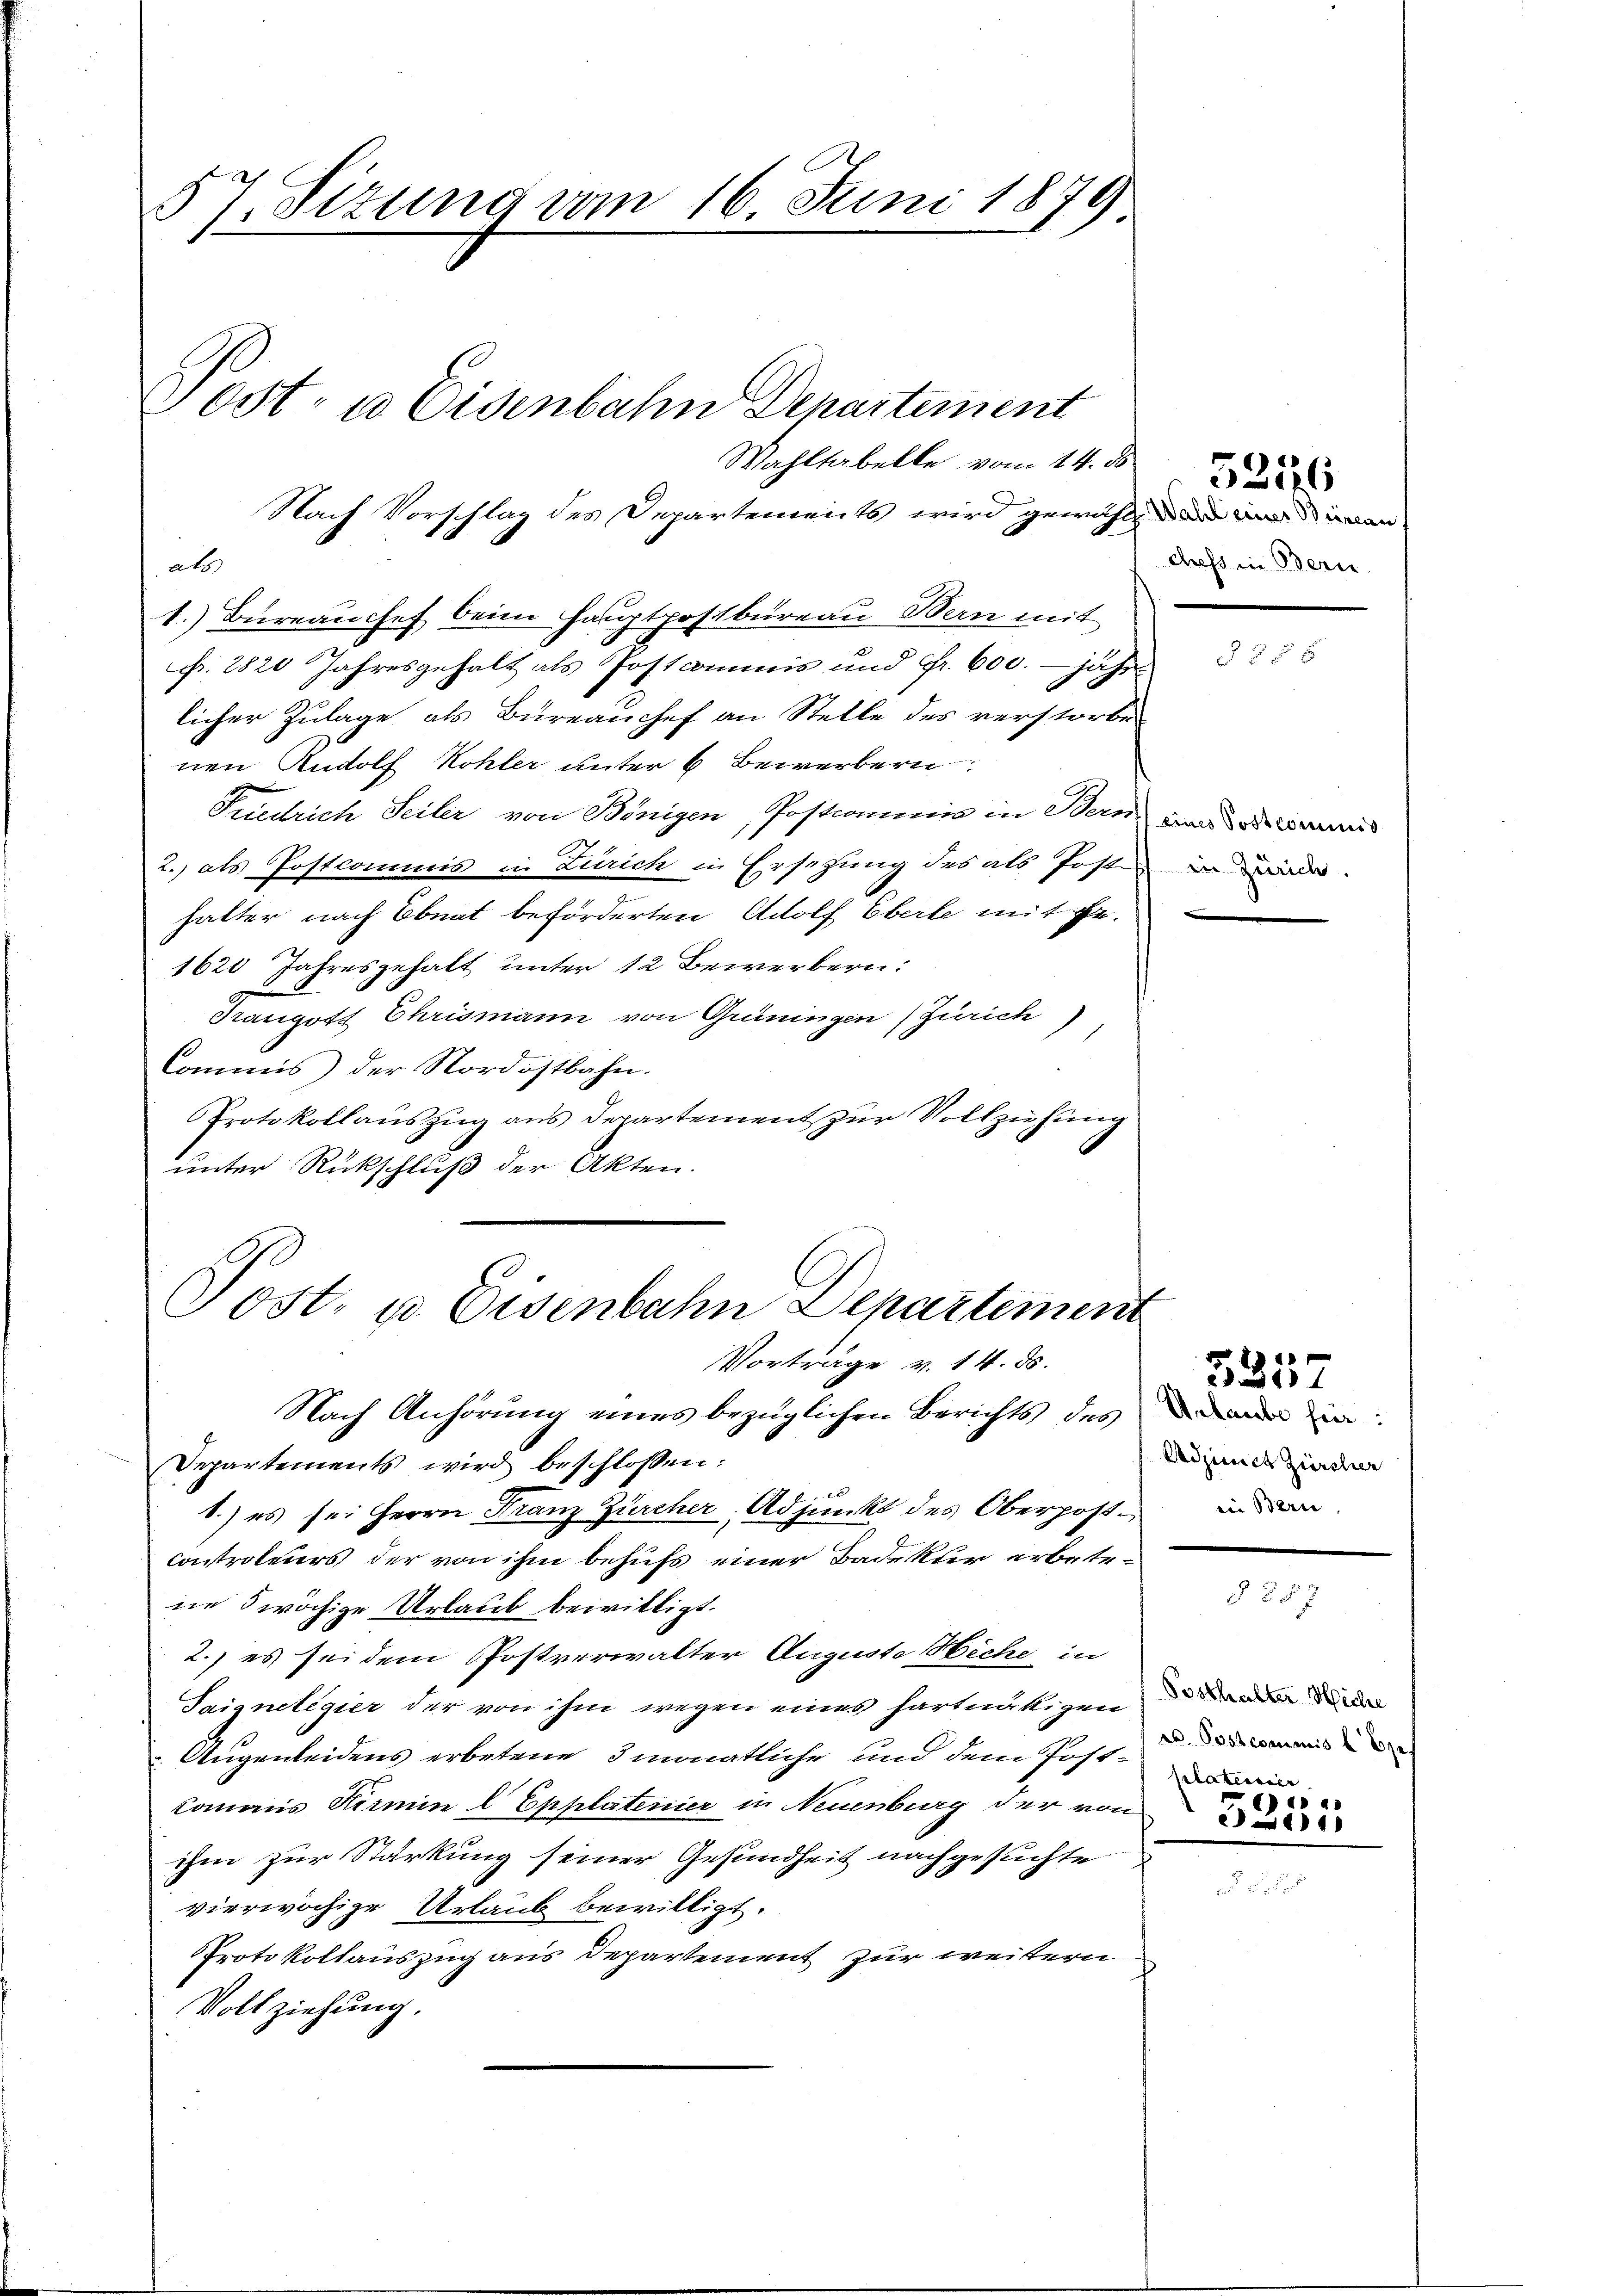
57. Sizung vom 16. Juni 1879

Nach Vorschlag des Departements wird gewählten und an
ats
1.) Büreau chef beim Hauptpostbureau Bern mit
Fr. 2820 Jahresgehalt als Postcommis und Fr. 600. jährlicher Zulage als Büreauchef an Stelle des verstorbe
nen Rudolf Kohler unter 6 Bewerbern
Friedrich Seiler von Bönigen, Postcommis in Bern
2.) als Postcommis in Zürich in Ersetzung des als Posten
hatter nach Ebnat beförderten Adolf Eberle mit ge¬
1620 Jahresgehalt unter 12 Bewerbern:
Grangott Ehrismann von Grüningen (Zürich)
Commis der Nordostbahn.
Protokollanszŭg ans Departement zur Vollziehung
unter Rückschluß der Akten.
Post. u. Eisenbahn Departement
Vorträge v. 14. ds.
Nach Anhörung eines bezüglichen Berichts des
Departements wird beschlossen:
1.) es sei Herrn Franz Zürcher, Adjunkt des Oberpost in den
contrateurs der von ihm behufs einer Badekter erbetr.
ne wächige Urlaub bewilligt.
2.) es sei dem Postverwalter Auguste Heche in
Seignetigier der von ihm wegen eines hartnäkizen
Augenbeidens erbetene 3 monatliche und dem Post¬
Commis Hermin L Epplatenier in Neuenburg der von
ihm zur Stärkung seiner Gesundheit nachgesuchte
vierwöchige Urlaub bewilligt.
Protokollauszug aus Departement zur weitern
Vollziehung.

Tost- u Eisenbahn Departement

Wahltabelle vom 14. d. 2

chefs in Bern.

§ 555

eines Sostcommis
in Zürich.

Unlaube für:
Adjunct Zürcher

20
10 x

§ 257

Posthalter Miche
r. Postcommise Bef
plateirier
)
e